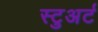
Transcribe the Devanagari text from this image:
स्‍टुअर्ट